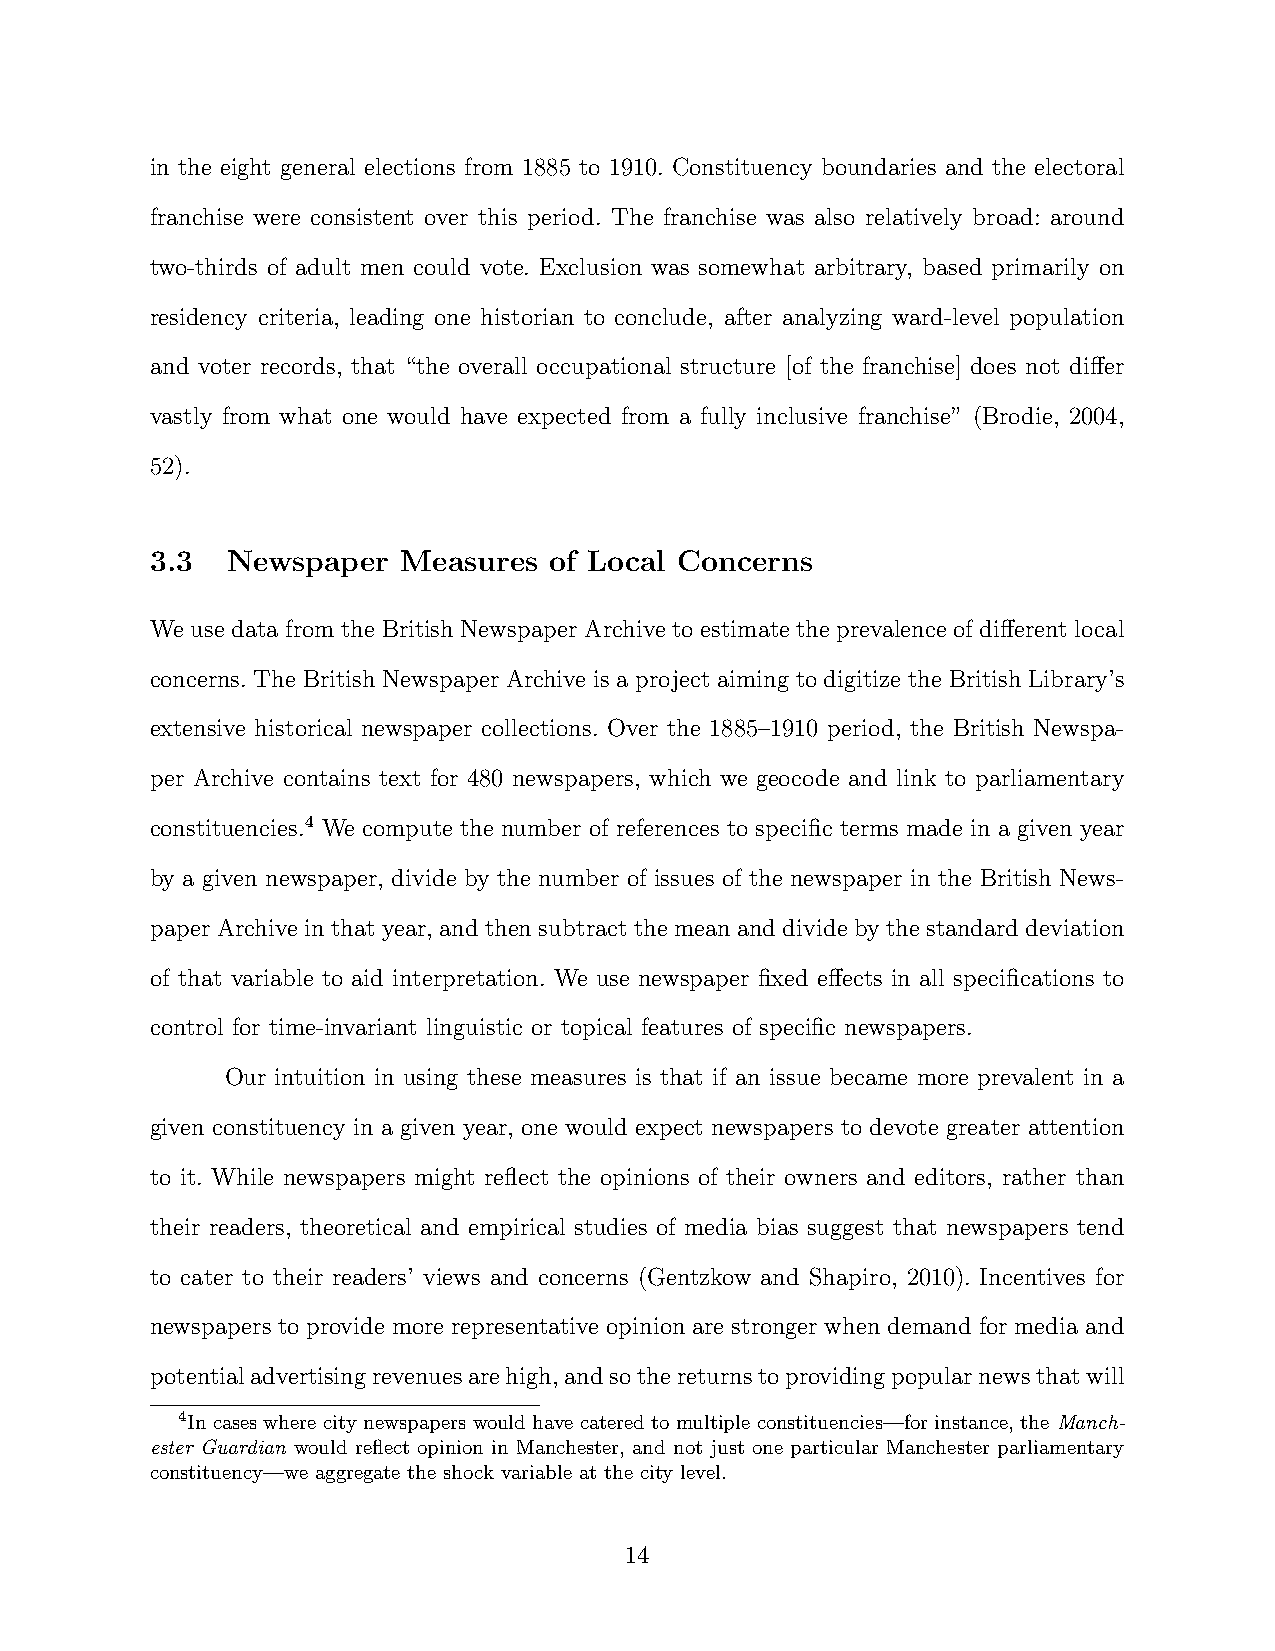
in the eight general elections from 1885 to 1910. Constituency boundaries and the electoral
 franchise were consistent over this period. The franchise was also relatively broad: around
 two-thirds of adult men could vote. Exclusion was somewhat arbitrary, based primarily on
 residency criteria, leading one historian to conclude, after analyzing ward-level population
 and voter records, that “the overall occupational structure [of the franchise] does not differ
 vastly from what one would have expected from a fully inclusive franchise” (Brodie, 2004,
 52).
 3.3  Newspaper   Measures of Local Concerns
 We use data from the British Newspaper Archive to estimate the prevalence of different local
 concerns. The British Newspaper Archive is a project aiming to digitize the British Library’s
 extensive historical newspaper collections. Over the 1885–1910 period, the British Newspa-
 per Archive contains text for 480 newspapers, which we geocode and link to parliamentary
 constituencies.4 We compute the number of references to specific terms made in a given year
 by a given newspaper, divide by the number of issues of the newspaper in the British News-
 paper Archive in that year, and then subtract the mean and divide by the standard deviation
 of that variable to aid interpretation. We use newspaper fixed effects in all specifications to
 control for time-invariant linguistic or topical features of specific newspapers.
 Our intuition in using these measures is that if an issue became more prevalent in a
 given constituency in a given year, one would expect newspapers to devote greater attention
 to it. While newspapers might reflect the opinions of their owners and editors, rather than
 their readers, theoretical and empirical studies of media bias suggest that newspapers tend
 to cater to their readers’ views and concerns (Gentzkow and Shapiro, 2010). Incentives for
 newspapers to provide more representative opinion are stronger when demand for media and
 potentialadvertisingrevenuesarehigh,andsothereturnstoprovidingpopularnewsthatwill
 4In cases where city newspapers would have catered to multiple constituencies—for instance, the Manch-
 ester Guardian would reflect opinion in Manchester, and not just one particular Manchester parliamentary
 constituency—we aggregate the shock variable at the city level.
 14